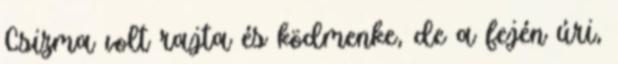
Csizma volt rajta és ködmenke, de a fején úri,